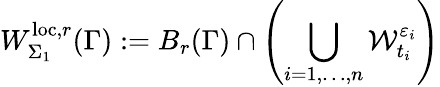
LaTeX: W_{\Sigma_{1}}^{\mathrm{loc},r}(\Gamma):=B_{r}(\Gamma)\cap\left(\bigcup_{i=1,\ldots,n}\mathcal{W}_{t_{i}}^{\varepsilon_{i}}\right)